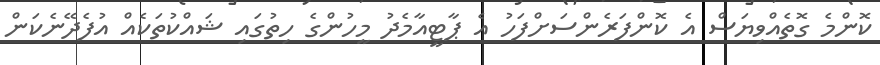
ކޮންމެ ގޮތެއްވިޔަސް އެ ކޮންފަރެންސަށްފަހު އެ ޕާޓީއާމެދު މީހުންގެ ހިތުގައި ޝައްކުތަކެއް އުފެދޭނެކަން